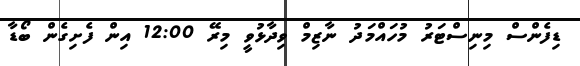
ޑިފެންސް މިނިސްޓަރު މުހައްމަދު ނާޒިމް ވިދާޅުވީ މިރޭ 12:00 އިން ފެށިގެން ބޯޑާ